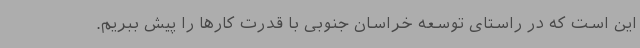
این است که در راستای توسعه خراسان جنوبی با قدرت کارها را پیش ببریم.